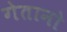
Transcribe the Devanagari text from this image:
गेतानो